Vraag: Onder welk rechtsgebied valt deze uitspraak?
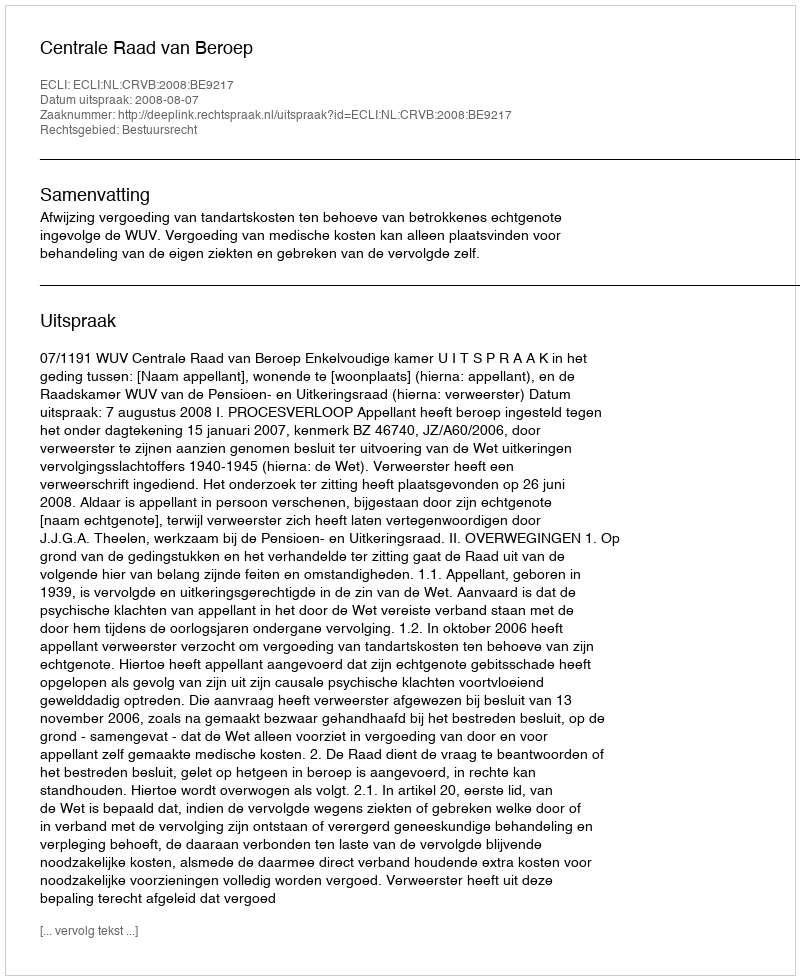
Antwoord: Bestuursrecht